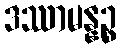
ဒဿာမန္နဉ္စ